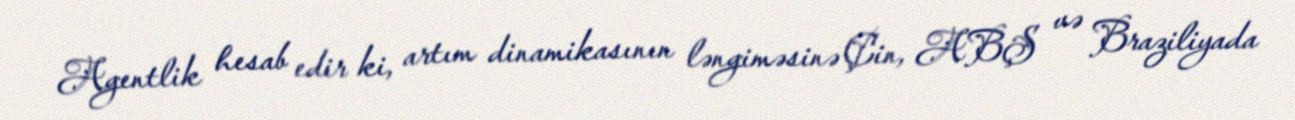
Agentlik hesab edir ki, artım dinamikasının ləngiməsinə Çin, ABŞ və Braziliyada